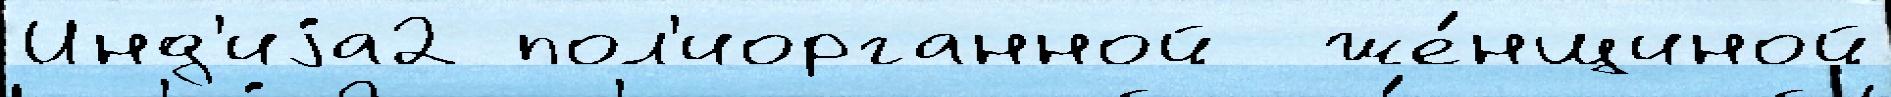
Инд'иjа2 пол'иорганной  же́нщиной